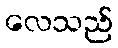
လေသည်